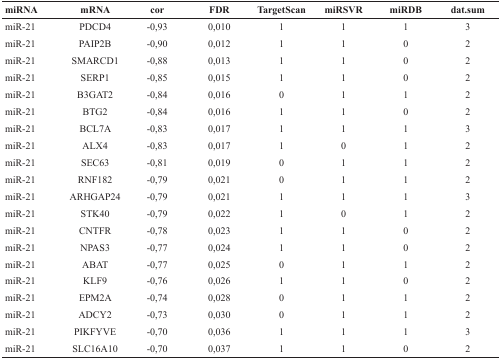
<table><thead><tr><td><b>miRNA</b></td><td><b>mRNA</b></td><td><b>cor</b></td><td><b>FDR</b></td><td><b>TargetScan</b></td><td><b>miRSVR</b></td><td><b>miRDB</b></td><td><b>dat.sum</b></td></tr></thead><tbody><tr><td>miR-21</td><td>PDCD4</td><td>-0,93</td><td>0,010</td><td>1</td><td>1</td><td>1</td><td>3</td></tr><tr><td>miR-21</td><td>PAIP2B</td><td>-0,90</td><td>0,012</td><td>1</td><td>1</td><td>0</td><td>2</td></tr><tr><td>miR-21</td><td>SMARCD1</td><td>-0,88</td><td>0,013</td><td>1</td><td>1</td><td>0</td><td>2</td></tr><tr><td>miR-21</td><td>SERP1</td><td>-0,85</td><td>0,015</td><td>1</td><td>1</td><td>0</td><td>2</td></tr><tr><td>miR-21</td><td>B3GAT2</td><td>-0,84</td><td>0,016</td><td>0</td><td>1</td><td>1</td><td>2</td></tr><tr><td>miR-21</td><td>BTG2</td><td>-0,84</td><td>0,016</td><td>1</td><td>1</td><td>0</td><td>2</td></tr><tr><td>miR-21</td><td>BCL7A</td><td>-0,83</td><td>0,017</td><td>1</td><td>1</td><td>1</td><td>3</td></tr><tr><td>miR-21</td><td>ALX4</td><td>-0,83</td><td>0,017</td><td>1</td><td>0</td><td>1</td><td>2</td></tr><tr><td>miR-21</td><td>SEC63</td><td>-0,81</td><td>0,019</td><td>0</td><td>1</td><td>1</td><td>2</td></tr><tr><td>miR-21</td><td>RNF182</td><td>-0,79</td><td>0,021</td><td>0</td><td>1</td><td>1</td><td>2</td></tr><tr><td>miR-21</td><td>ARHGAP24</td><td>-0,79</td><td>0,021</td><td>1</td><td>1</td><td>1</td><td>3</td></tr><tr><td>miR-21</td><td>STK40</td><td>-0,79</td><td>0,022</td><td>1</td><td>0</td><td>1</td><td>2</td></tr><tr><td>miR-21</td><td>CNTFR</td><td>-0,78</td><td>0,023</td><td>1</td><td>1</td><td>0</td><td>2</td></tr><tr><td>miR-21</td><td>NPAS3</td><td>-0,77</td><td>0,024</td><td>1</td><td>1</td><td>0</td><td>2</td></tr><tr><td>miR-21</td><td>ABAT</td><td>-0,77</td><td>0,025</td><td>0</td><td>1</td><td>1</td><td>2</td></tr><tr><td>miR-21</td><td>KLF9</td><td>-0,76</td><td>0,026</td><td>1</td><td>1</td><td>0</td><td>2</td></tr><tr><td>miR-21</td><td>EPM2A</td><td>-0,74</td><td>0,028</td><td>0</td><td>1</td><td>1</td><td>2</td></tr><tr><td>miR-21</td><td>ADCY2</td><td>-0,73</td><td>0,030</td><td>0</td><td>1</td><td>1</td><td>2</td></tr><tr><td>miR-21</td><td>PIKFYVE</td><td>-0,70</td><td>0,036</td><td>1</td><td>1</td><td>1</td><td>3</td></tr><tr><td>miR-21</td><td>SLC16A10</td><td>-0,70</td><td>0,037</td><td>1</td><td>1</td><td>0</td><td>2</td></tr></tbody></table>